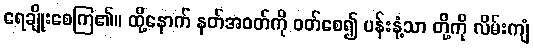
ရေချိုးစေကြ၏။ ထို့နောက် နတ်အဝတ်ကို ဝတ်စေ၍ ပန်းနံ့သာ တို့ကို လိမ်းကျံ